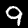
Digit: 9